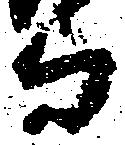
与